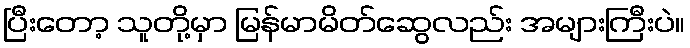
ပြီးတော့ သူတို့မှာ မြန်မာမိတ်ဆွေလည်း အများကြီးပဲ။